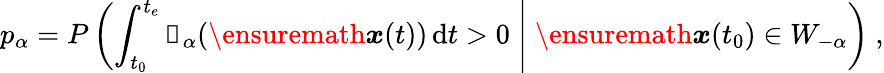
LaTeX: p_{\alpha}=P\left(\int_{t_{0}}^{t_{e}}\mathbb{1}_{\alpha}(\ensuremath{\boldsymbol{{x}}}(t))\, \mathrm{d}t>0\; \middle|\; \ensuremath{\boldsymbol{{x}}}(t_{0})\in W_{-\alpha}\right)\ ,